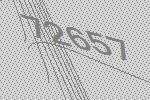
72657